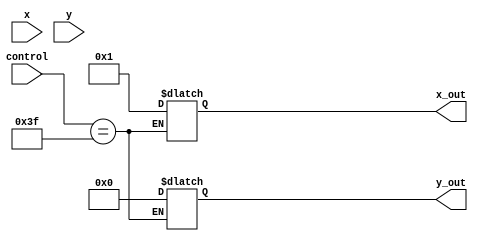
module multiplexer(
input wire [15:0] x,
input wire [15:0] y,
input wire [6:0] control,
output wire [15:0] x_out,
output wire [15:0] y_out,
);

always@(*)
begin
    if(control == 6'b111111) begin
        x_out = 16'b1;
        y_out = 16'b0;
    end
end


endmodule